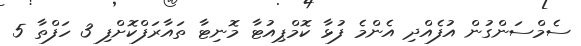
ސެމްސަންގުން އުފެއްދި އެންމެ ފުޅާ ކޮމްޕިއުޓާ މޮނިޓާ ތައާރަފްކޮށްފި 3 ހަފްތާ 5